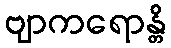
ဗျာကရောန္တိ